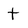
Character: t